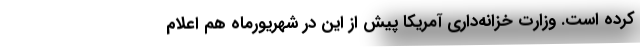
کرده است. وزارت خزانه‌داری آمریکا پیش از این در شهریورماه هم اعلام